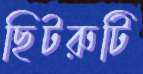
ছিটরুটি